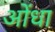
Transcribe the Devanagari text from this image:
ओंधा